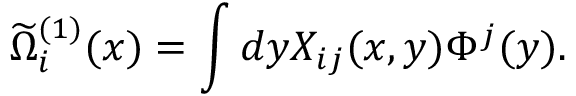
\widetilde { \Omega } _ { i } ^ { ( 1 ) } ( x ) = \int d y X _ { i j } ( x , y ) \Phi ^ { j } ( y ) .